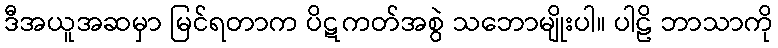
ဒီအယူအဆမှာ မြင်ရတာက ပိဋကတ်အစွဲ သဘောမျိုးပါ။ ပါဠိ ဘာသာကို